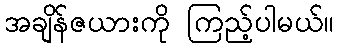
အချိန်ဇယားကို ကြည့်ပါမယ်။